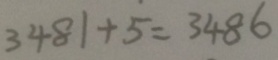
3 4 8 1 + 5 = 3 4 8 6